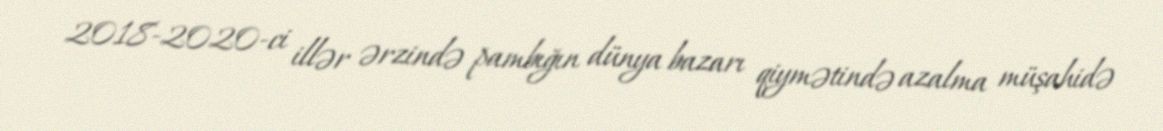
2018-2020-ci illər ərzində pambığın dünya bazarı qiymətində azalma müşahidə